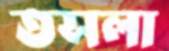
তসলা